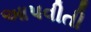
આપવીતી